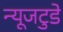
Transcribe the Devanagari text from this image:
न्यूजटुडे